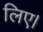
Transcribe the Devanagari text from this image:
लिए।